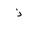
Letter: _thal